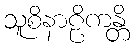
သူစိနာဠိကန္တိ